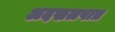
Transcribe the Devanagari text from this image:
अदखलपात्र